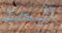
البحث